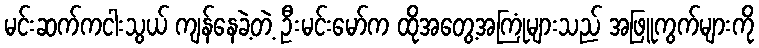
မင်းဆက်ကငါးသွယ် ကျန်နေခဲ့တဲ့ ဦးမင်းမော်က ထိုအတွေ့အကြုံများသည် အဖြူကွက်များကို